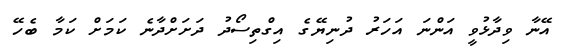
އޭނާ ވިދާޅުވީ އަންނަ އަހަރު ދުނިޔޭގެ އިގްތިސޯދު ދަށަށްދާނެ ކަމަށް ކަމާ ބެހޭ